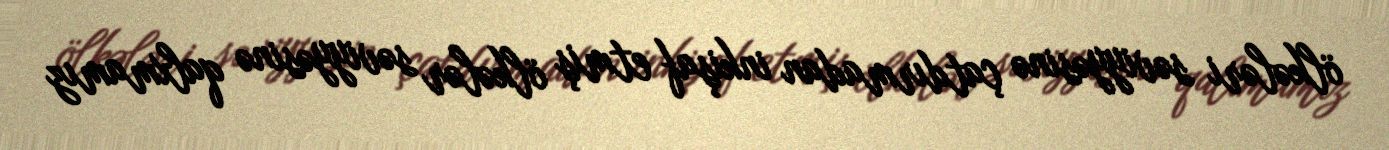
ölkələri səviyyəsinə çatdırmadan inkişaf etmiş ölkələr səviyyəsinə qalxmamız